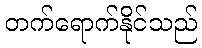
တက်ရောက်နိုင်သည်